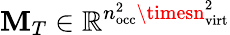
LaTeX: \mathbf{M}_{T}\in\mathbb{R}^{n_{\mathrm{{occ}}}^{2}\timesn_{\mathrm{{virt}}}^{2}}